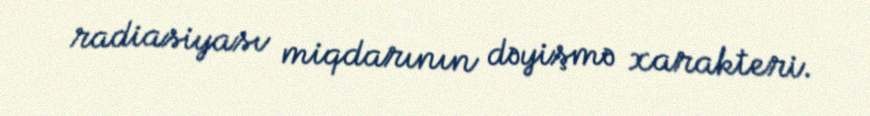
radiasiyası miqdarının dəyişmə xarakteri.